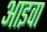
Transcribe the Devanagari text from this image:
आइवा